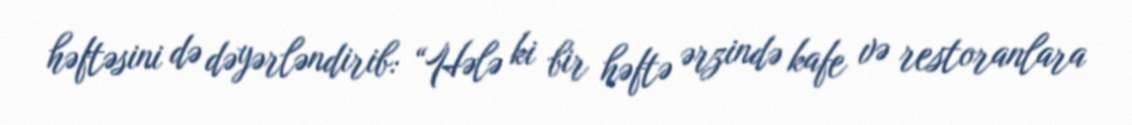
həftəsini də dəyərləndirib: “Hələ ki bir həftə ərzində kafe və restoranlara